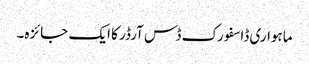
ماہواری ڈاسفورک ڈس آرڈر کا ایک جائزہ۔